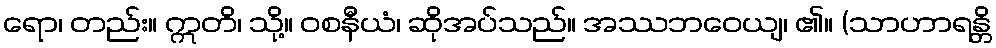
ရော၊ တည်း။ ဣတိ၊ သို့။ ဝစနီယံ၊ ဆိုအပ်သည်။ အဿဘဝေယျ၊ ၏။ (သာဟာရန္တိ